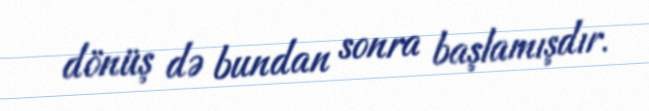
dönüş də bundan sonra başlamışdır.